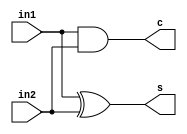
`timescale 1ns / 1ps
//////////////////////////////////////////////////////////////////////////////////
// Company: 
// Engineer: 
// 
// Design Name: 
// Module Name:    HA 
// Project Name: 
// Target Devices: 
// Tool versions: 
// Description: 
//
// Dependencies: 
//
// Revision: 
// Revision 0.01 - File Created
// Additional Comments: 
//
//////////////////////////////////////////////////////////////////////////////////
module HA(in1,in2,s,c
    );
input in1,in2;
output s,c;
assign s=in1^in2;
assign c=in1&in2;

endmodule